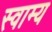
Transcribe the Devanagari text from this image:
स्वाम्य